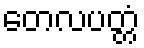
တေလပတ္တံ